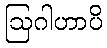
ဩဂါဟာပိ